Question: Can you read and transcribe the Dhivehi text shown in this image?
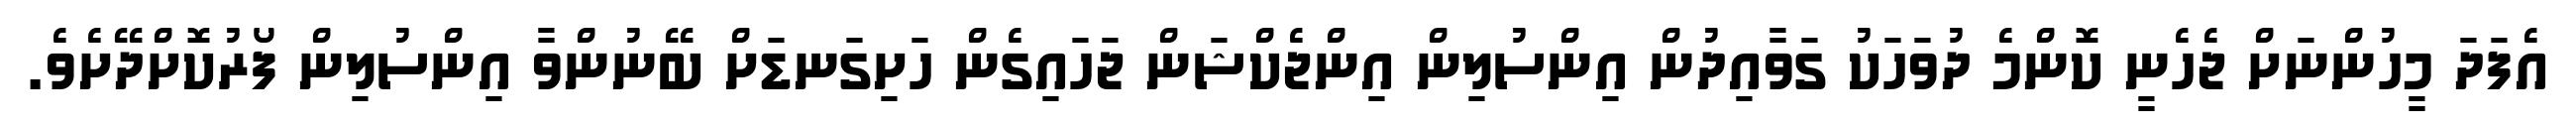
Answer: އެފަދަ މީހުންނަށް ޖެހެނީ ކޮންމެ ދުވަހަކު ގަވާއިދުން އިންސުލިން އިންޖެކްޝަން ޖަހައިގެން ހަށިގަނޑަށް ބޭނުންވާ އިންސުލިން ފޯރުކޮށްދޭށެވެ.